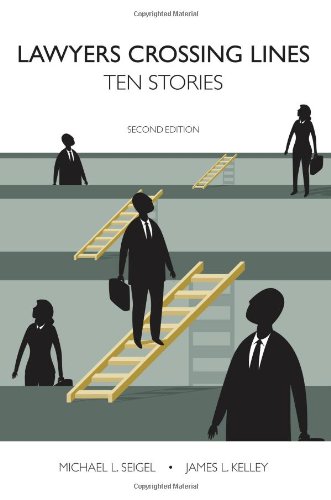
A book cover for Lawyers Crossing Lines: Ten Stories; Michael L. Seigel; Law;